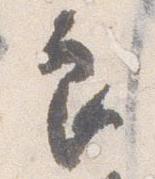
良